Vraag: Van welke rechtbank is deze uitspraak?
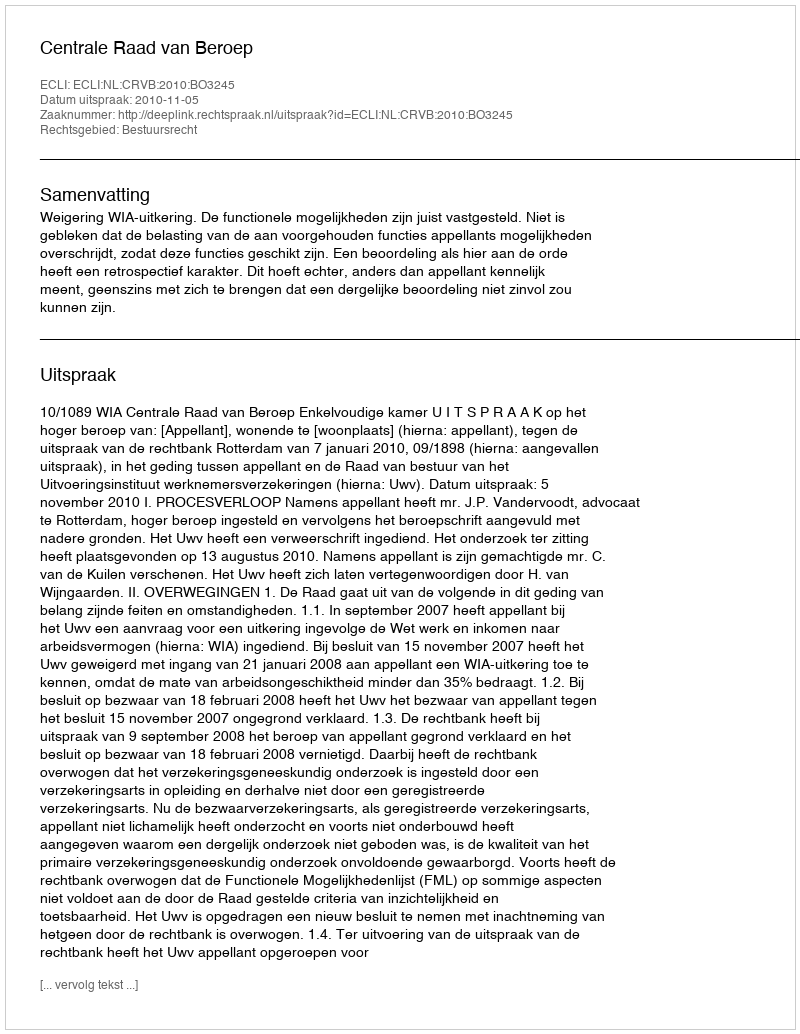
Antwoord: Centrale Raad van Beroep